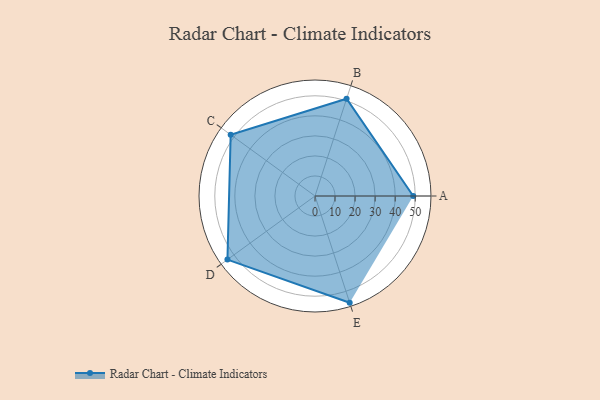
{"axis": {"x": "Skill", "y": "Score"}, "legend": ["Profile"], "data": [{"x": "A", "y": 49.0, "type": "Profile"}, {"x": "B", "y": 51.0, "type": "Profile"}, {"x": "C", "y": 52.0, "type": "Profile"}, {"x": "D", "y": 54.0, "type": "Profile"}, {"x": "E", "y": 56.0, "type": "Profile"}]}